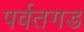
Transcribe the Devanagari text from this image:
पर्वतगड